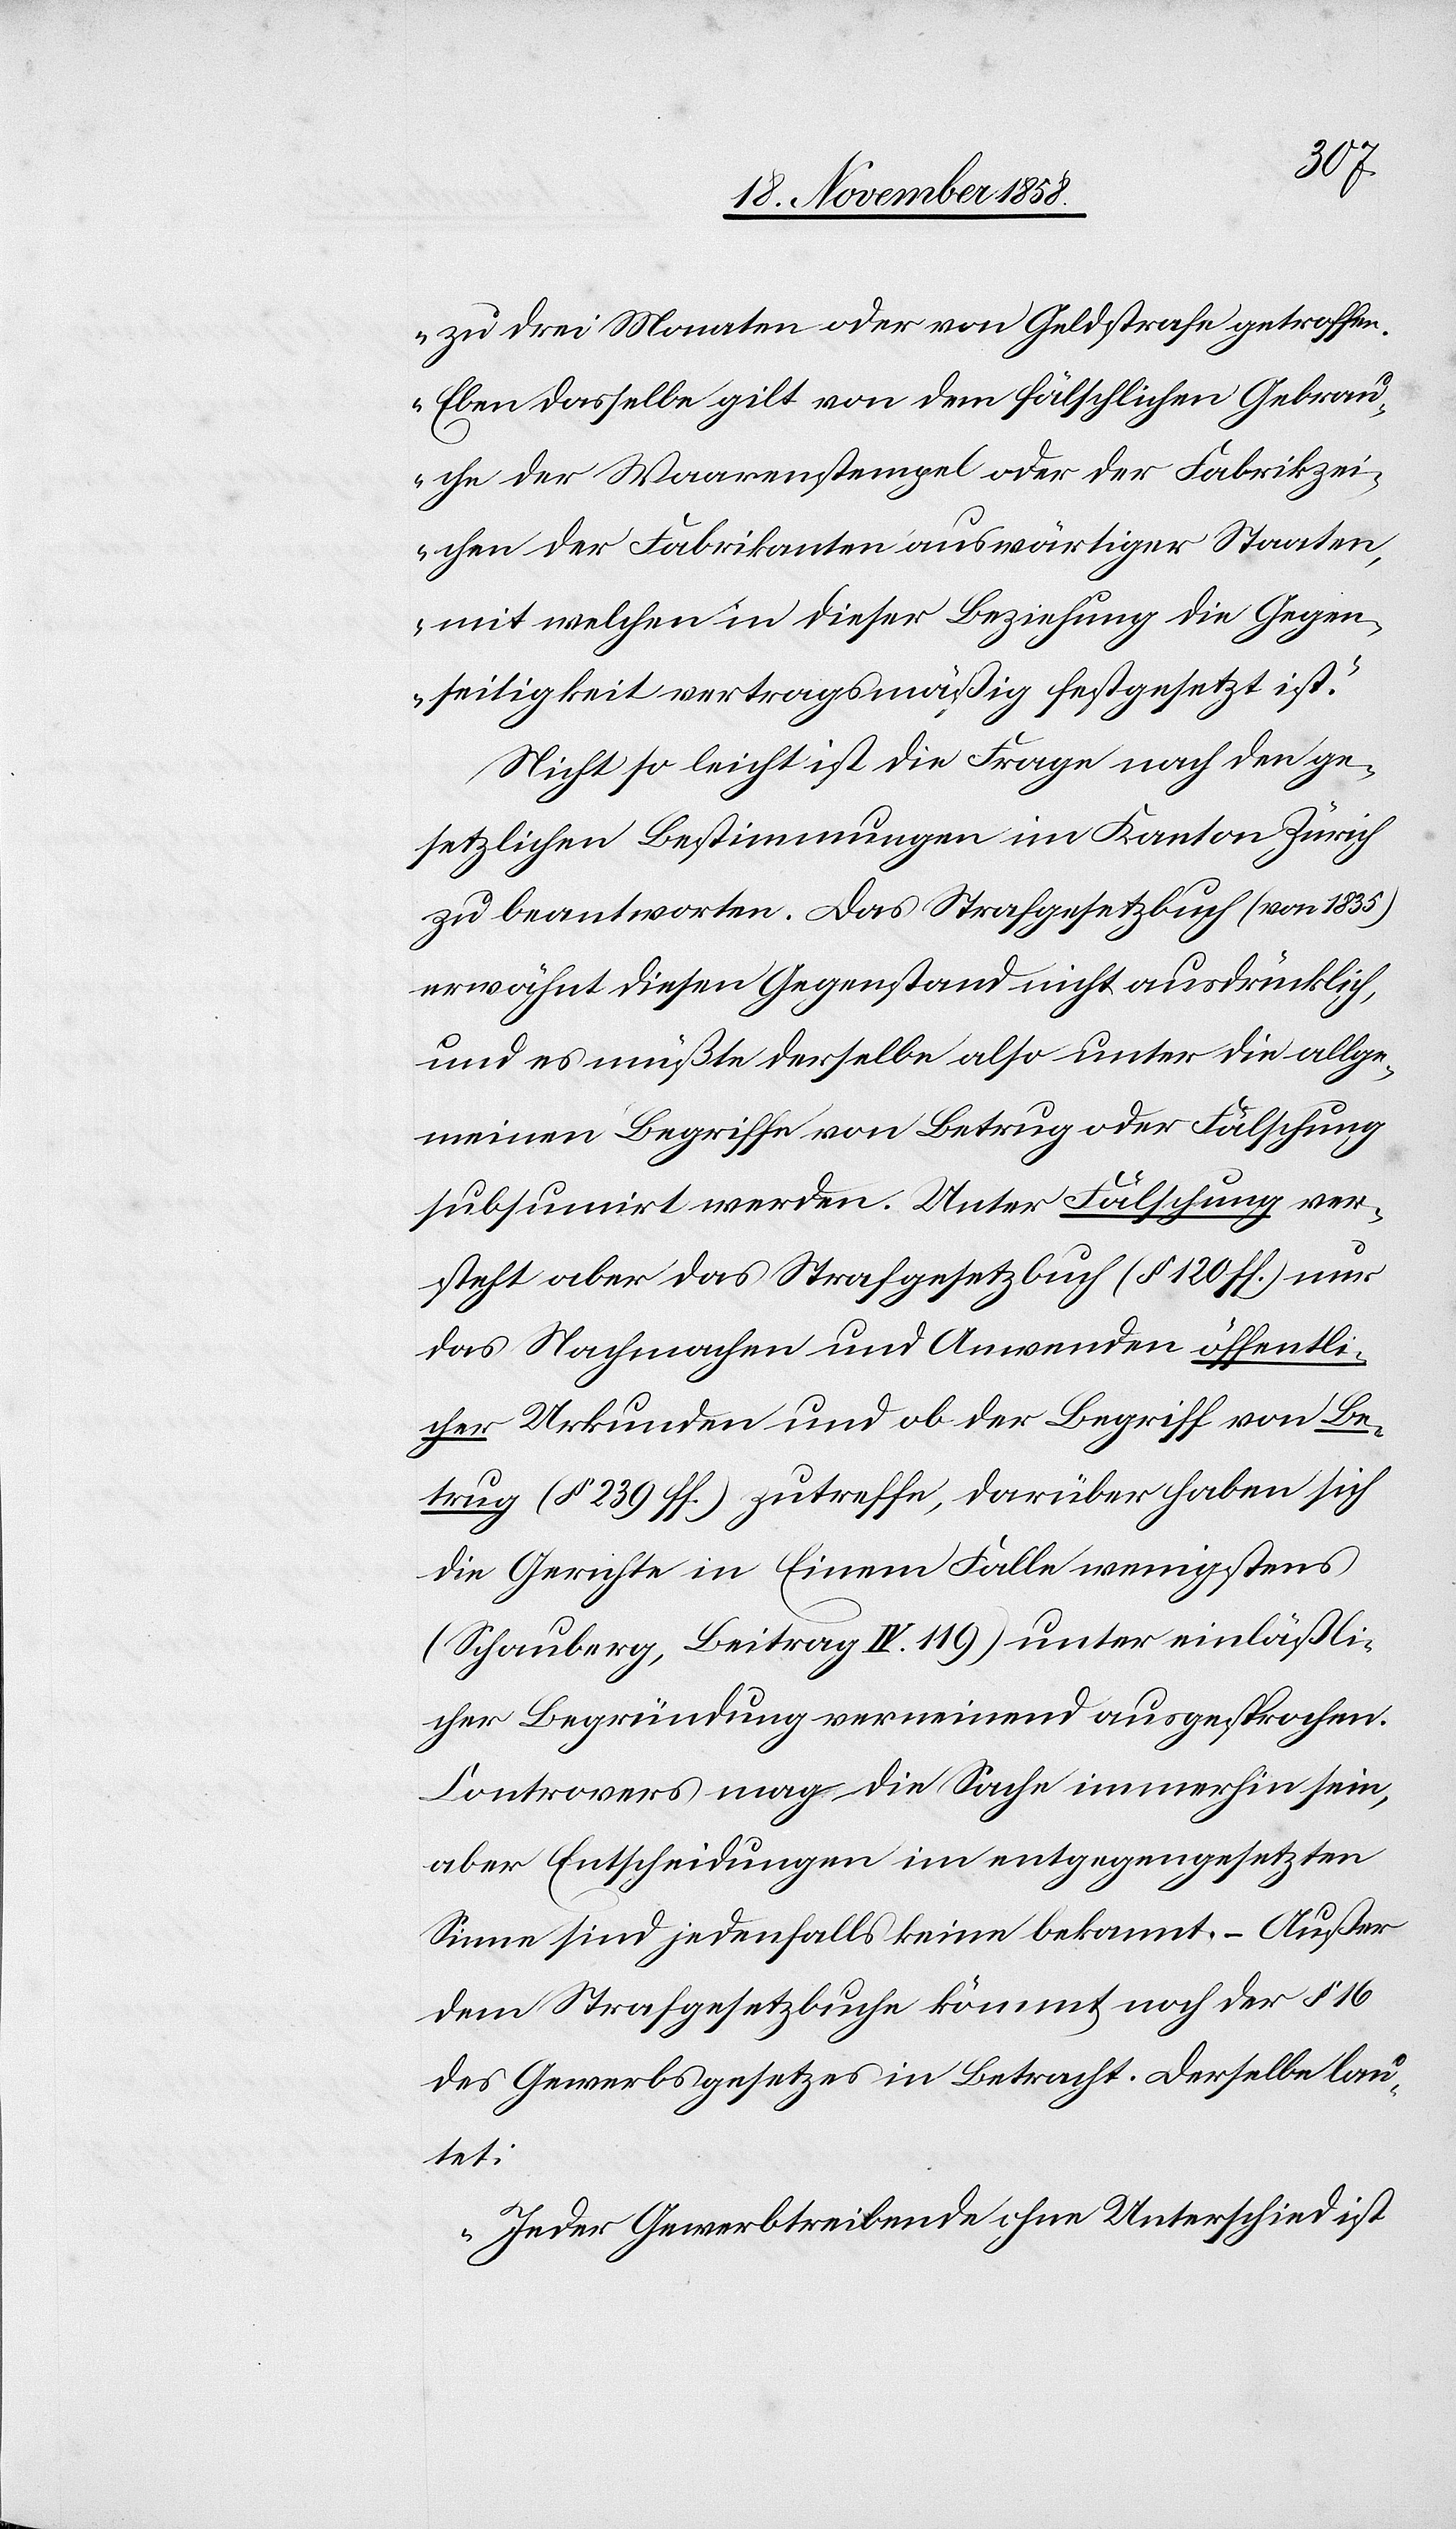
zu drei Monaten oder von Geldstrafe getroffen.
Eben dasselbe gilt von dem fälschlichen Gebrau¬
che der Waarenstempel oder der Fabrikzei¬
chen der Fabrikanten auswärtiger Staaten,
mit welchen in dieser Beziehung die Gegen¬
seitigkeit vertragsmäßig festgesetzt ist.“
Nicht so leicht ist die Frage nach den ge¬
setzlichen Bestimmungen im Kanton Zürich
zu beantworten. Das Strafgesetzbuch (von 1835)
erwähnt diesen Gegenstand nicht ausdrücklich,
und es müßte derselbe also unter die allge¬
meinen Begriffe von Betrug oder Fälschung
subsumirt werden. Unter Fälschung ver¬
steht aber das Strafgesetzbuch (§ 120 ff.) nur
das Nachmachen und Anwenden öffentli¬
cher Urkunden und ob der Begriff von Be¬
trug (§ 239 ff.) zutreffe, darüber haben sich
die Gerichte in Einem Falle wenigstens
(Schauberg, Beitrag IV. 119) unter einläßli¬
cher Begründung verneinend ausgesprochen.
Controvers mag die Sache immerhin sein,
aber Entscheidungen im entgegengesetzten
Sinne sind jedenfalls keine bekannt. – Außer
dem Strafgesetzbuche kömmt noch der §
des Gewerbsgesetzes in Betracht. Derselbe lau¬
tet:
„Jeder Gewerbtreibende ohne Unterschied ist